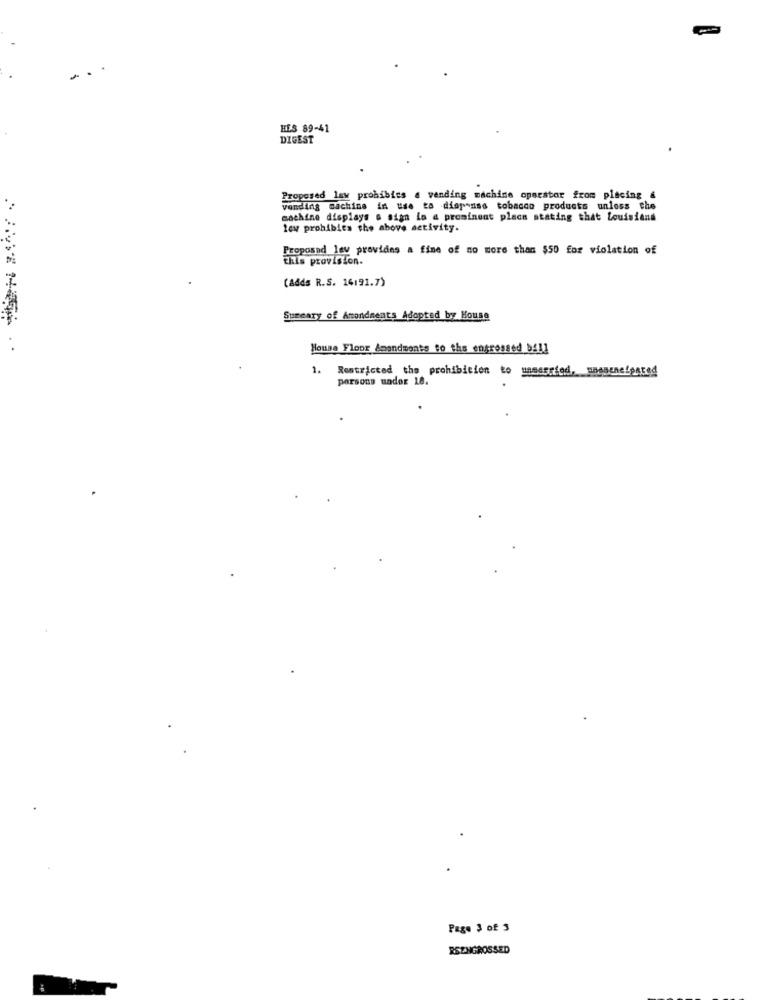
HES 89-41
DIGEST
Proposed law prohibies a vending machine opsestor from placing &
vending machine in use to diap ass tobacco products unless the
machine displays & sign lo a prominent placa stating that Louisiana
low prohibits the above activity.
Proposad lav provides a fine of no more than $50 for violation of
this provision.
(adds R.S. 14191.7)
Summary of Amendments Adopted by House
. .
House Floor Amendments to the engrossed bAll
1. Restricted the prohibition to unmesried, sneneneipated
porsons undor Le.
Page 3 of 3
RSENGROSSED